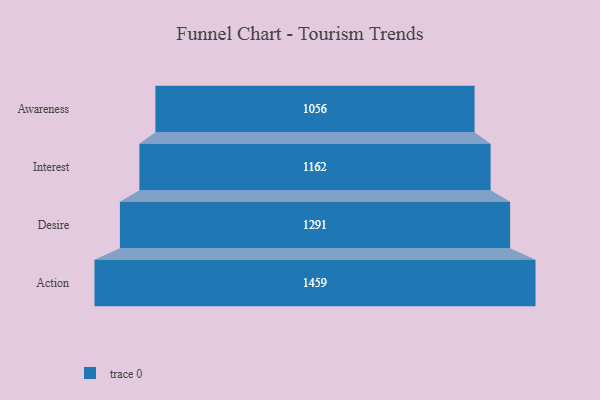
{"axis": {"x": "Stage", "y": "Value"}, "legend": [""], "data": [{"x": "Awareness", "y": 1056.0, "type": ""}, {"x": "Interest", "y": 1162.0, "type": ""}, {"x": "Desire", "y": 1291.0, "type": ""}, {"x": "Action", "y": 1459.0, "type": ""}]}